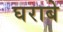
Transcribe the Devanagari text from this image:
घराबे